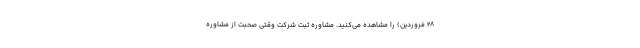
۲۸ فروردین) را مشاهده می‌کنید. مشاوره ثبت شرکت وقتی صحبت از مشاوره